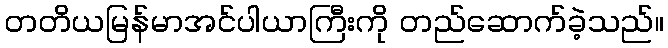
တတိယမြန်မာအင်ပါယာကြီးကို တည်ဆောက်ခဲ့သည်။